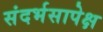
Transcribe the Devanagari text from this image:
संदर्भसापेक्ष